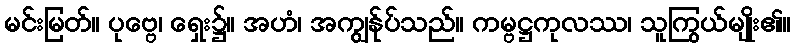
မင်းမြတ်။ ပုဗ္ဗေ၊ ရှေး၌။ အဟံ၊ အကျွန်ုပ်သည်။ ကမ္ဗဋ္ဌကုလဿ၊ သူကြွယ်မျိုး၏။